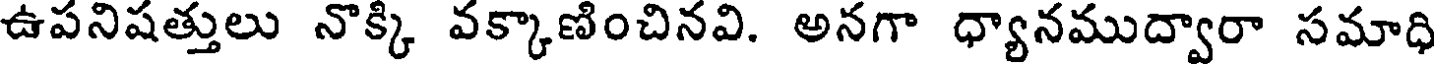
ఉపనిషత్తులు నొక్కి వక్కాణించినవి. అనగా ధ్యానముద్వారా సమాధి